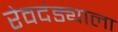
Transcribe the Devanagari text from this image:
रेवदंड्याला